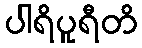
ပါရိပူရီတိ